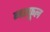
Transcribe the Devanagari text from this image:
नरफूल